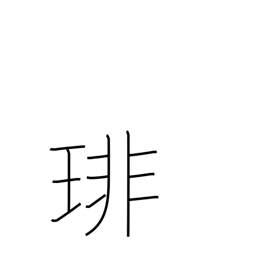
Meaning: string of many pearls